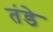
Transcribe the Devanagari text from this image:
तंडे